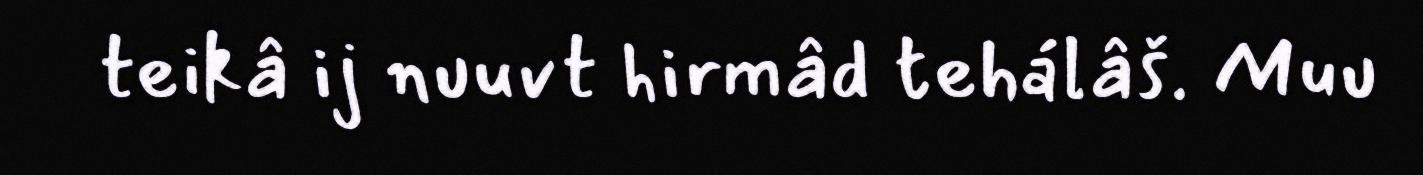
teikâ ij nuuvt hirmâd tehálâš. Muu